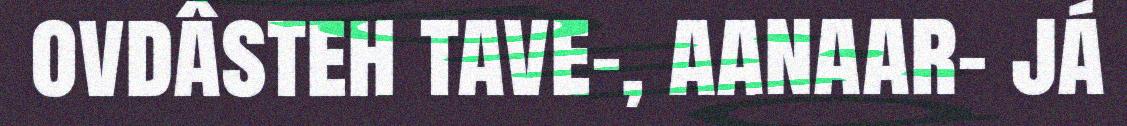
ovdâsteh tave-, aanaar- já